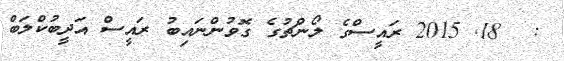
:  18